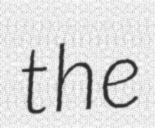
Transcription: the